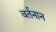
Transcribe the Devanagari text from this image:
वर्तनान